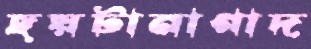
ছয়টানাগাদ